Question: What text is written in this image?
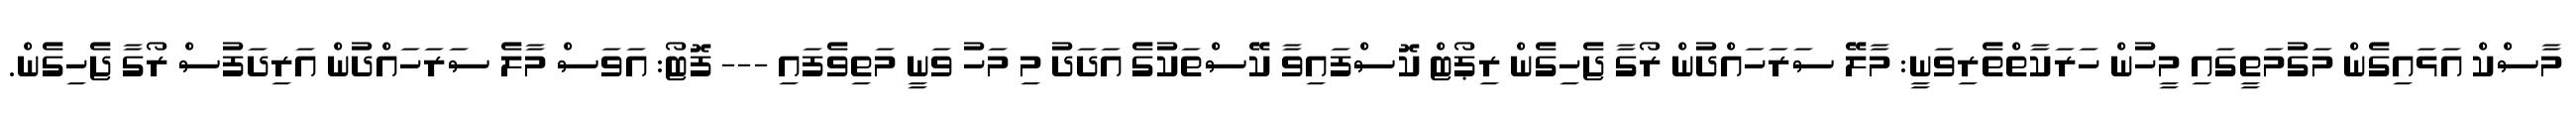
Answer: މާސްކް އަޅައިގެން މަގުމަތީގައި މީހުން ހަރަކާތްތެރިވަނީ: މާލޭ ސަރަހައްދުން ރޯގާ ޖެހިގެން ރިޕޯޓް ކޮސްފައިވާ ކޭސްތަކުގެ އަދަދު މި މަހު ވަނީ މަތިވެފައި --- ފޮޓޯ: އަވަސް މާލެ ސަރަހައްދުން އަރިދަފުސް ރޯގާ ޖެހިގެން.